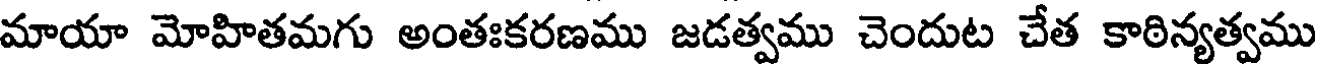
మాయా మోహితమగు అంతఃకరణము జడత్వము చెందుట చేత కాఠిన్యత్వము